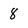
Character: 8